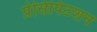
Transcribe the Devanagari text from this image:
प्रेसिपिटशन